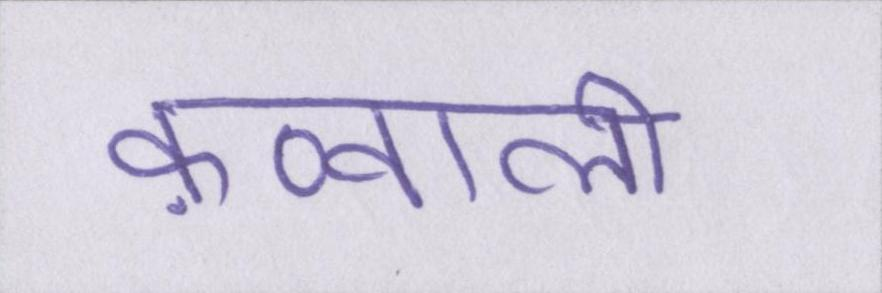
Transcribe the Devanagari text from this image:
क़व्वाली